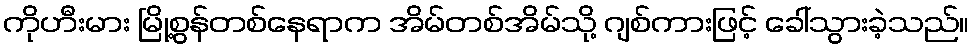
ကိုဟီးမား မြို့စွန်တစ်နေရာက အိမ်တစ်အိမ်သို့ ဂျစ်ကားဖြင့် ခေါ်သွားခဲ့သည်။